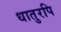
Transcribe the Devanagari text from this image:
धातुरपि